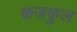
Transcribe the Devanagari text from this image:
कजकुल